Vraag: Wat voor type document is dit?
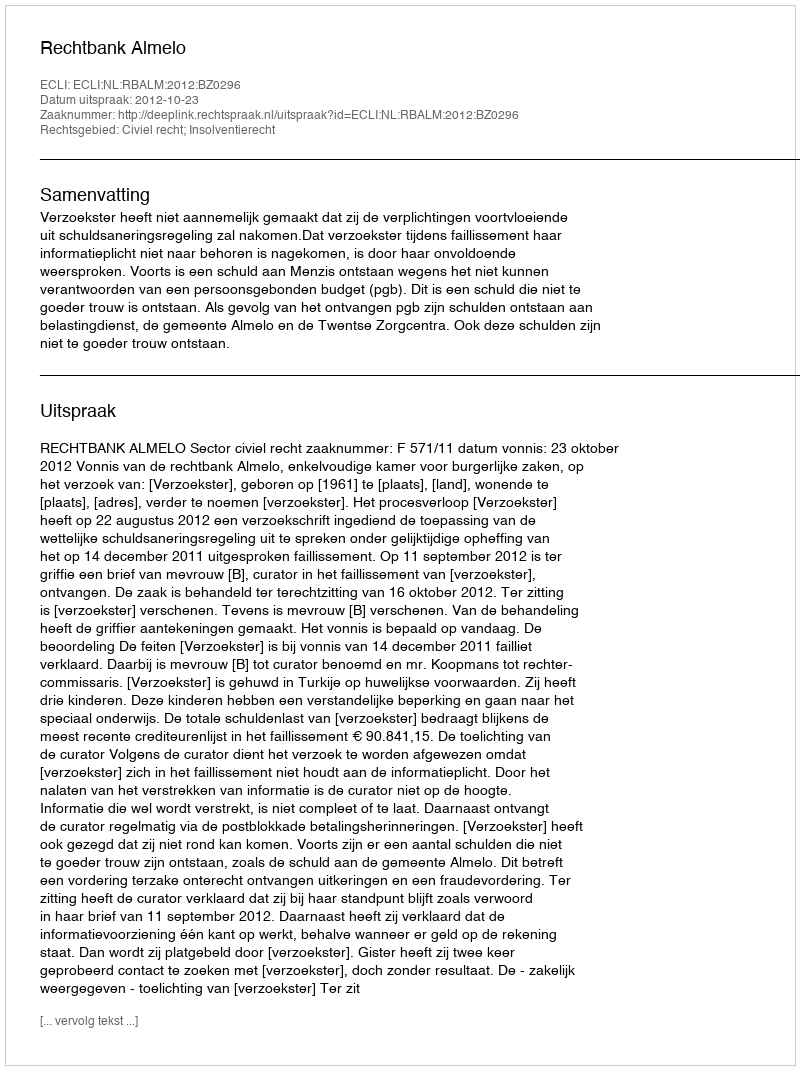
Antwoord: Uitspraak